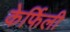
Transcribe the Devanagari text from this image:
केर्फिली